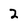
Character: 2